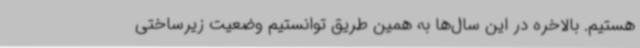
هستیم. بالاخره در این سال‌ها به همین طریق توانستیم وضعیت زیرساختی